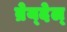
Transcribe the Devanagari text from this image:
ब्रेय्देल्